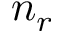
n _ { r }